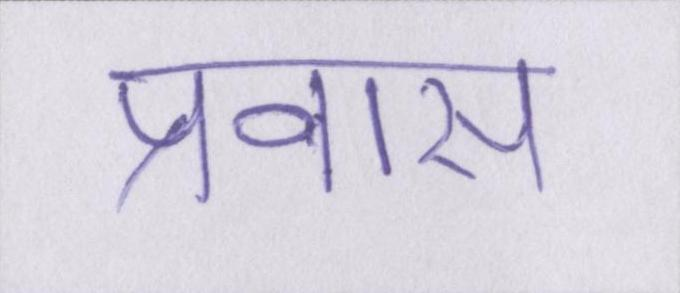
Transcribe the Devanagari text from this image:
प्रवास